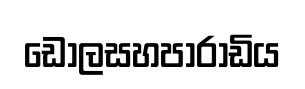
ඩෝලසහපාරාඩිය